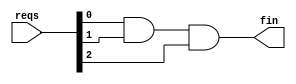
`timescale 1ns / 1ps
//////////////////////////////////////////////////////////////////////////////////
//
// Module Name: reqAndSimple
//
// Description: Not recommended to use.
// 
// Dependencies: 
// 
// Revision:
// Revision 0.01 - File Created
// Additional Comments:
// 
//////////////////////////////////////////////////////////////////////////////////

module reqAndSimple #(parameter reqNumber=3) (reqs,fin);
input [reqNumber-1:0] reqs;
output wire fin;

wire [reqNumber:0] reqsConnect;
assign reqsConnect[0]=reqs[0];
assign fin=reqsConnect[reqNumber];

genvar i;
generate
for(i=0;i<reqNumber;i=i+1)
begin:reqTogetherSimple
    assign reqsConnect[i+1]=reqsConnect[i]&reqs[i];
end
endgenerate



endmodule